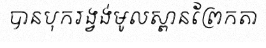
បានបុករង្វង់មូលស្ពានព្រែកតា